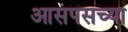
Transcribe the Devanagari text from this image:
आसपसच्या